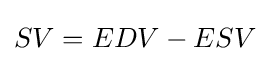
SV=EDV-ESV